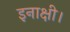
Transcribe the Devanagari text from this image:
इनाक्षी।